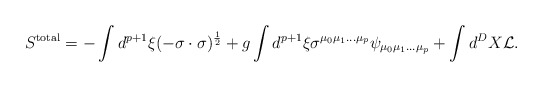
\begin{align*}S^{\rm total} = - \int d^{p+1}\xi (-\sigma\cdot\sigma)^{\frac{1}{2}} + g\int d^{p+1}\xi \sigma^{\mu_{0}\mu_{1}\ldots\mu_{p}}\psi_{\mu_{0}\mu_{1}\ldots\mu_{p}} + \int d^{D}X {\cal L}. \end{align*}